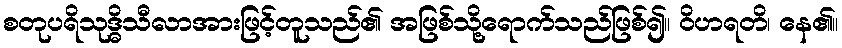
စတုပရိသုဒ္ဓိသီလာအားဖြင့်တူသည်၏ အဖြစ်သို့ရောက်သည်ဖြစ်၍။ ဝိဟရတိ၊ နေ၏။